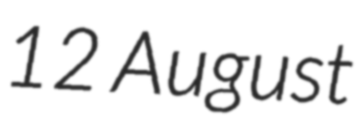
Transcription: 12 August